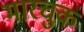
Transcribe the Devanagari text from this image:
मारचुक